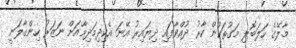
މާލޭގެ ހަލަބޮލި މަގުތަކުން ކާރު ދުއްވާފައި ދިޔައިރު އޭނަ އެކިދިމަދިމާއަށް ނަޒަރު ހިންގާލަނީ